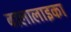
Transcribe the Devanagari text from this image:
बालालाइका